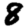
Digit: 8